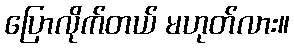
ပြောလိုက်တယ် မဟုတ်လား။